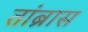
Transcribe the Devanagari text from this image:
तांब्रास